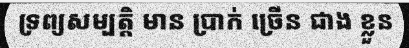
ទ្រព្យសម្បត្តិ មាន ប្រាក់ ច្រើន ជាង ខ្លួន